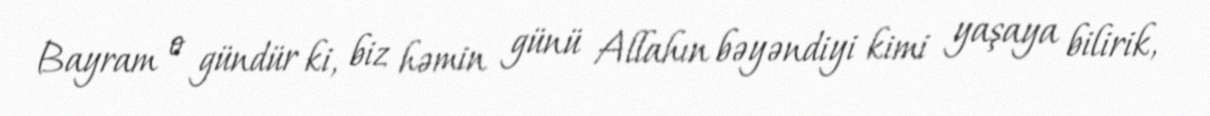
Bayram o gündür ki, biz həmin günü Allahın bəyəndiyi kimi yaşaya bilirik,